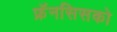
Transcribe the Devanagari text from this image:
फ्रॅनसिसको